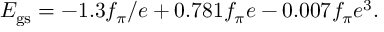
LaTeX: E _ { \mathrm { g s } } = - 1 . 3 f _ { \pi } / e + 0 . 7 8 1 f _ { \pi } e - 0 . 0 0 7 f _ { \pi } e ^ { 3 } .